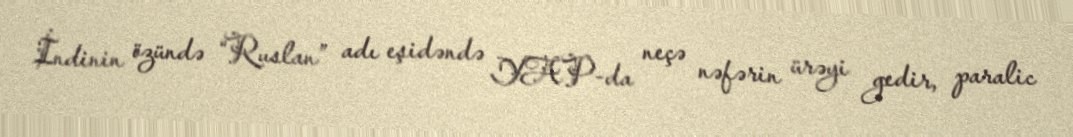
İndinin özündə “Ruslan” adı eşidəndə YAP-da neçə nəfərin ürəyi gedir, paralic